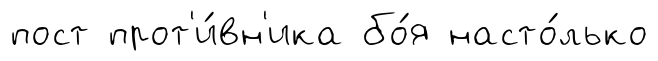
пост прот'и́вн'ика бо́я насто́лько